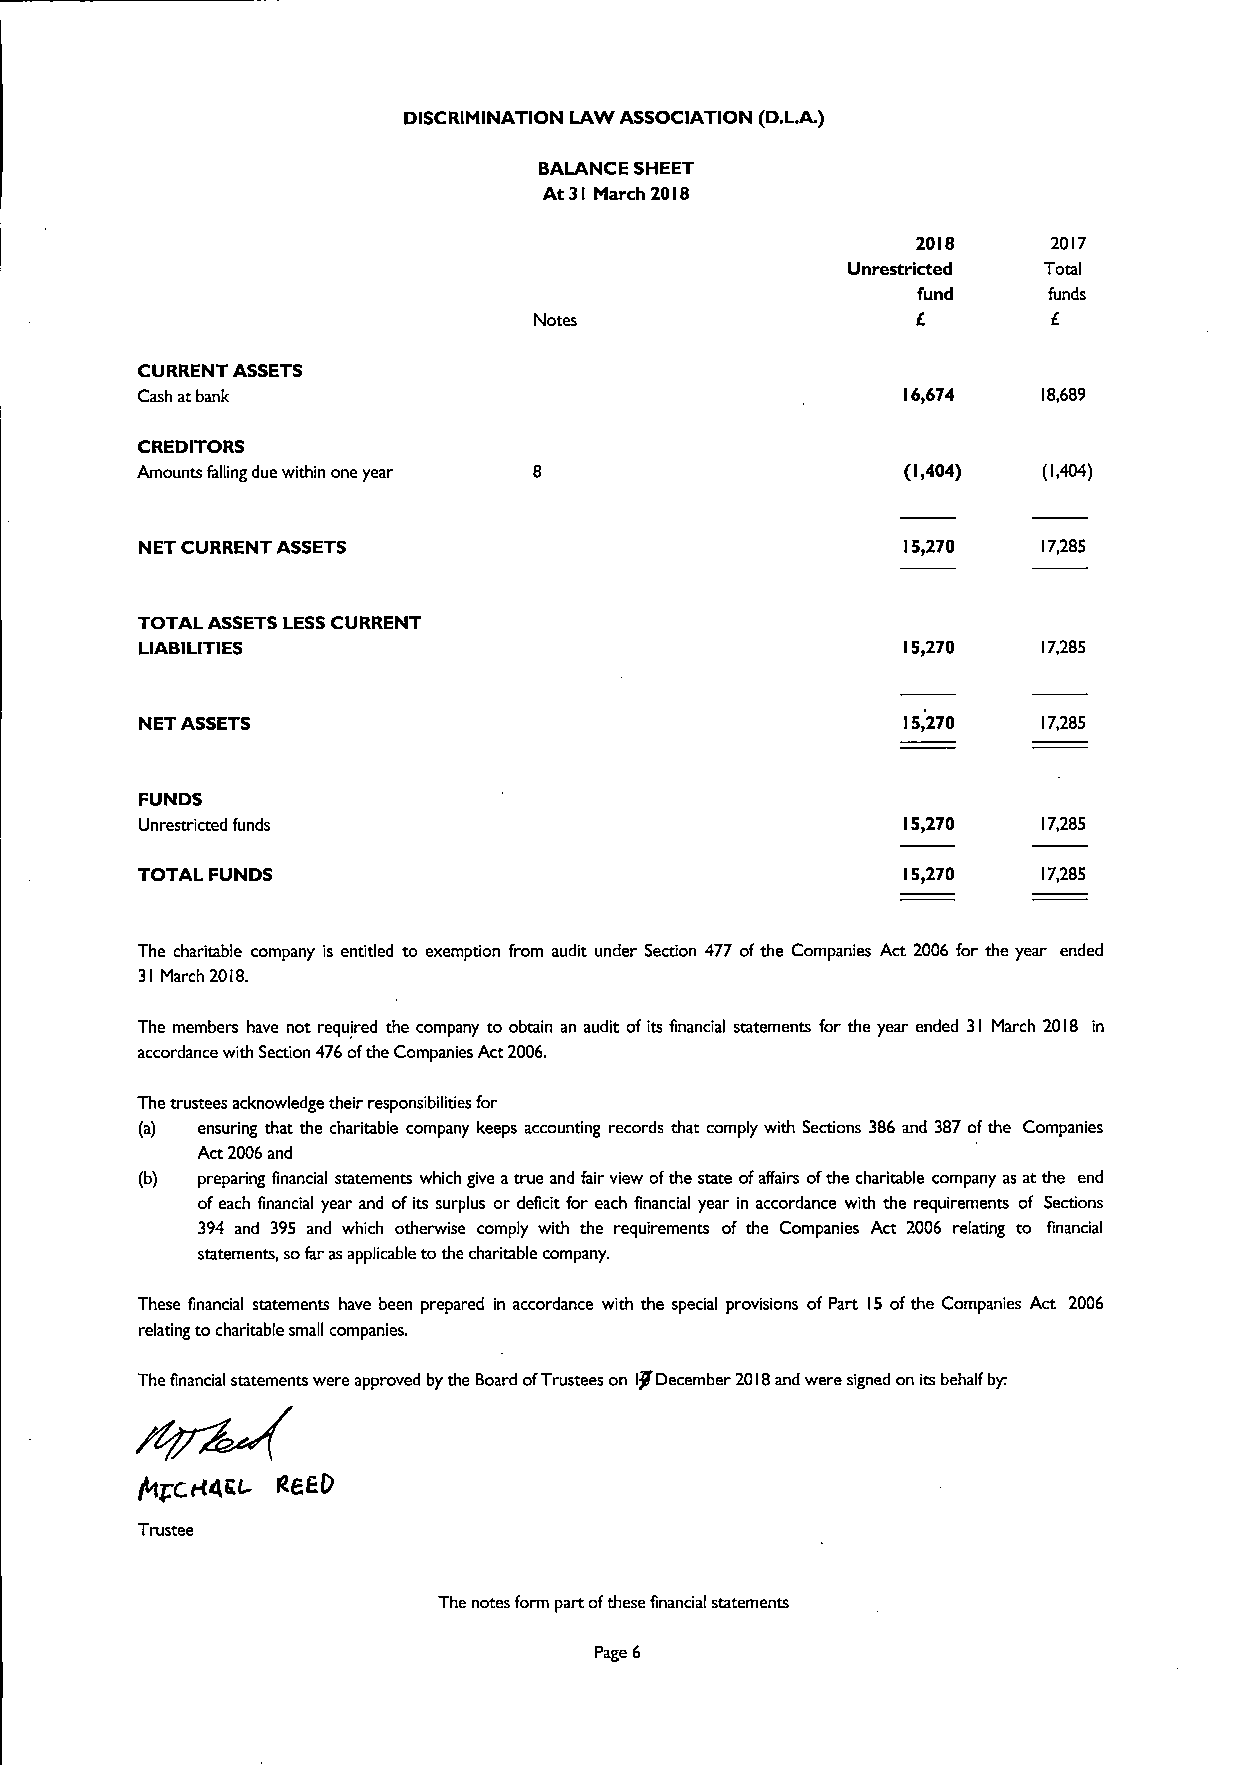
DISCRIMINATION LAW ASSOCIATION (D.L.A.)
 BALANCE SHEET
 At 31 March 2018
 2018     2017
 Unrestricted Total
 fund    funds
 f
 Notes
 CURRENT ASSETS
 Cash atbank                                        16&674   18,689
 CREDITORS
 Amounts falling due within one year                (1,404)  (1,404)
 NET CURRENT ASSETS                                 15,270   17,285
 TOTAL ASSETSLESSCURRENT
 LIABILITIES                                        15&270   17,285
 NET ASSETS                                         15&270   17,285
 FUNDS
 Unrestricted funds                                 15,270   17,285
 TOTAL FUNDS                                        15,270   17,285
 The charitable company is entitled to exemption from audit under Section 477 ofthe Companies Act 2006 for the year ended
 31 March 2018.
 The members have not required the company to obtain an audit ofits financial statements for the year ended 31 March 2018 in
 accordance with Section 476ofthe Companies Act 2006.
 The trustees acknowledge their responsibilities for
 (a) ensuring that the charitable company keeps accounting records that comply with Sections 386 and 387ofthe Companies
 Act 2006and
 (b) preparing financial statements which give atrue and fair view ofthe state ofaffairs ofthe charitable company as at the end
 ofeach financial year and ofits surplus or deficit for each financial year in accordance with the requirements of Sections
 394 and 395 and which otherwise comply with the requirements of the Companies Act 2006 relating to financial
 statements, sofar as applicable tothe charitable company.
 These financial statements have been prepared in accordance with the special provisions of Part 15 ofthe Companies Act 2006
 relating to charitable small companies.
 The financial statements were approved by the Board ofTrustees on I/December 2018and were signed on its behalf by.
 RBEl7
 Trustee
 The notes form part ofthese financial statements
 Page 6